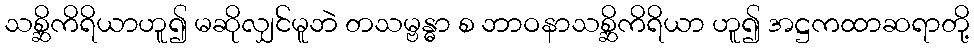
သစ္ဆိကိရိယာဟူ၍ မဆိုလျှင်မူဘဲ တသမ္ဗန္ဓာ စ ဘာဝနာသစ္ဆိကိရိယာ ဟူ၍ အဋ္ဌကထာဆရာတို့